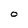
Character: O